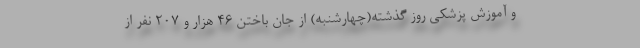
و آموزش پزشکی روز گذشته(چهارشنبه) از جان باختن ۴۶ هزار و ۲۰۷ نفر از